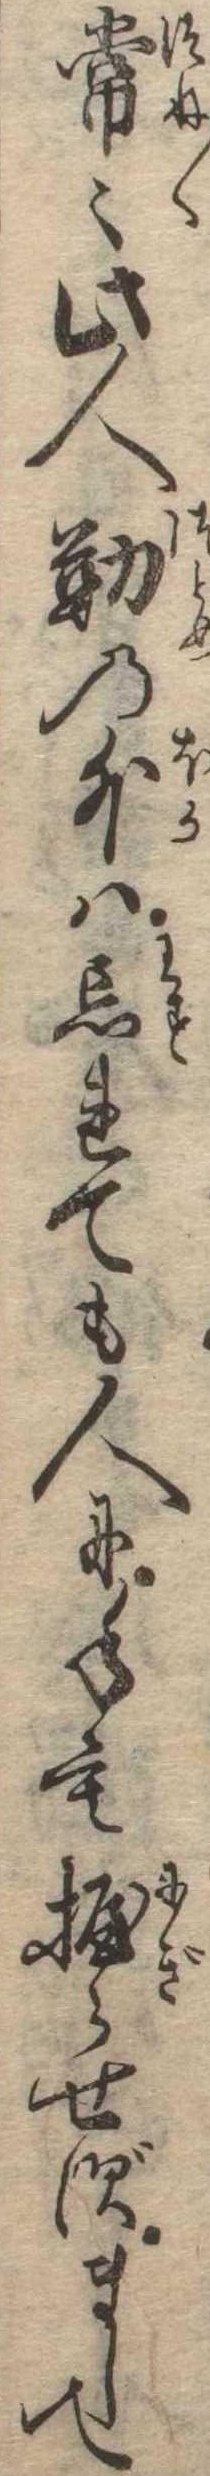
常〻此人勤の外は忘れても人に手を握らせずまして